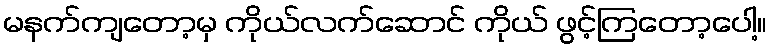
မနက်ကျတော့မှ ကိုယ်လက်ဆောင် ကိုယ် ဖွင့်ကြတော့ပေါ့။